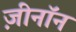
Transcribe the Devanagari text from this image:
ज़ीनॉन